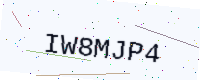
Text: IW8MJP4